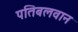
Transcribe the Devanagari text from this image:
पतिबलवान